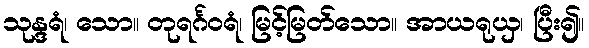
သုန္ဒရံ၊ သော။ တုရင်္ဂဝရံ၊ မြင့်မြတ်သော။ အာယရုယှ၊ ပြီး၍။